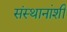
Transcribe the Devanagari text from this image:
संस्थानांशी